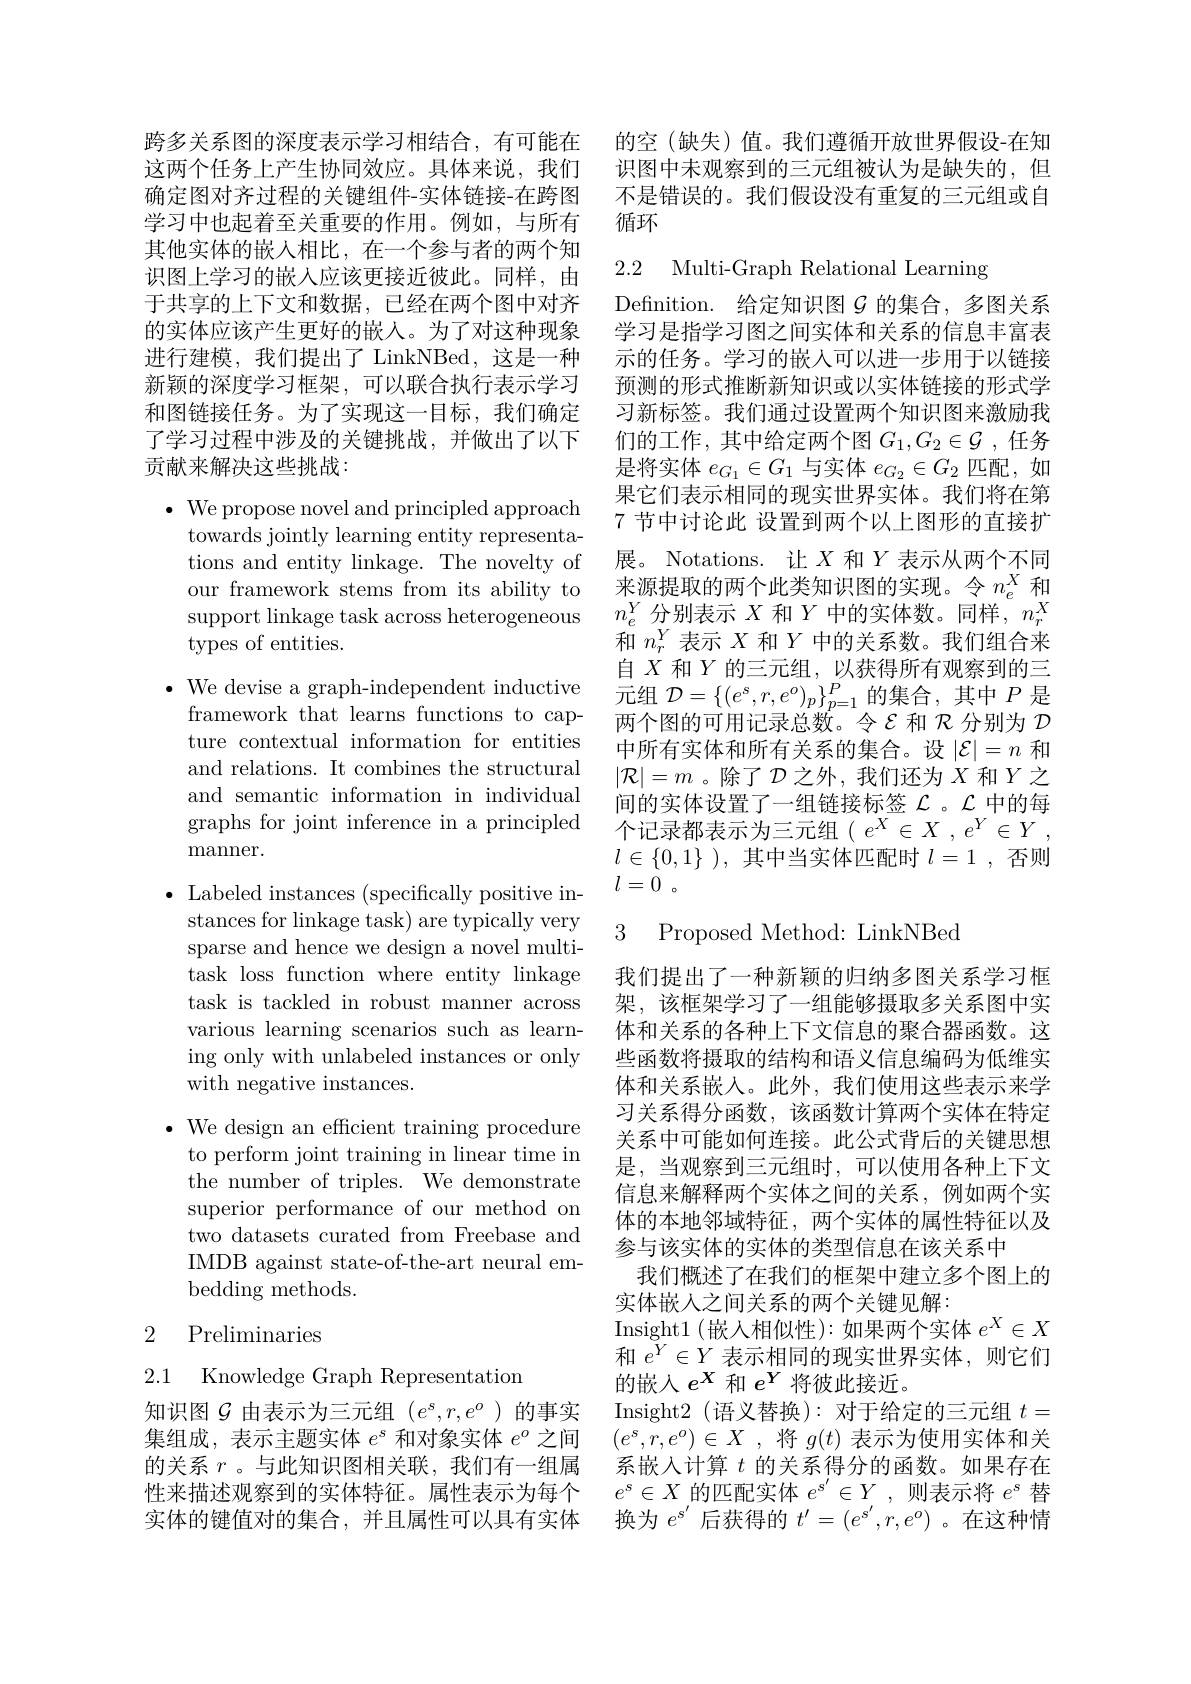
学习中也起着至关重要的作用。例如，与所有 循环
其他实体的嵌入相比，在一个参与者的两个知识图上学习的嵌人应该更接近彼此。同样，由于共享的上下文和数据，已经在两个图中对齐的实体应该产生更好的嵌人。为了对这种现象进行建模，我们提出了 LinkNBed,这是一种新颖的深度学习框架，可以联合执行表示学习和图链接任务。为了实现这一目标，我们确定了学习过程中涉及的关键挑战，并做出了以下贡献来解决这些挑战：

$\bullet$ We propose novel and principled approach
towards jointly learning entity representations and entity linkage. The novelty of our framework stems from its ability to support linkage task across heterogeneous types of entities.

$\cdot{\mathrm{~We~devise~a~graph-independent~inductive}}$

framework that learns functions to cap-

ture contextual information for entities

and relations. It combines the structural

and semantic information in individual

graphs for joint inference in a principled

manner.

$\bullet$ Labeled instances (specifically positive instances for linkage task) are typically very sparse and hence we design a novel multitask loss function where entity linkage task is tackled in robust manner across various learning scenarios such as learning only with unlabeled instances or only with negative instances.

$\bullet$ We design an efficient training procedure to perform joint training in linear time in the number of triples. We demonstrate superior performance of our method on two datasets curated from Freebase and IMDB against state-of-the-art neural embedding methods.

## 2 Preliminaries

2.1 Knowledge Graph Representation

跨多关系图的深度表示学习相结合，有可能在 的空(缺失)值。我们遵循开放世界假设-在知这两个任务上产生协同效应。具体来说，我们 识图中未观察到的三元组被认为是缺失的，但确定图对齐过程的关键组件-实体链接-在跨图 不是错误的。我们假设没有重复的三元组或自

2.2 Multi-Graph Relational Learning

Definition. 给定知识图$\mathcal{G}$的集合，多图关系学习是指学习图之间实体和关系的信息丰富表示的任务。学习的嵌入可以进一步用于以链接预测的形式推断新知识或以实体链接的形式学习新标签。我们通过设置两个知识图来激励我们的工作，其中给定两个图$G_1,G_2\in\mathcal{G}$ ,任务是将实体$e_{G_1}\in G_1$与实体$e_G_2\in G_2$匹配，如果它们表示相同的现实世界实体。我们将在第7 节中讨论此 设置到两个以上图形的直接扩展。Notations. 让$X$和$Y$表示从两个不同来源提取的两个此类知识图的实现。令$n_e^X$ 和$n_e^Y$分别表示$X$和$Y$中的实体数。同样，$n_r^X$ 和$n_r^Y$表示$X$和$Y$中的关系数。我们组合来自$X$和$Y$的三元组，以获得所有观察到的三元组$\mathcal{D}=\left\{(e^s,r,e^o)_p\right\}_{p=1}^P$的集合，其中$P$是两个图的可用记录总数。令$\varepsilon$和$\mathcal{R}$分别为$\mathcal{D}$ 中所有实体和所有关系的集合。设$|\mathcal{E}|=n$和$|\mathcal{R}|=m$ 。除了$\mathcal{D}$之外，我们还为$X$和$Y$之间的实体设置了一组链接标签$\mathcal{L}$ 。$\mathcal{L}$中的每个记录都表示为三元组$( e^X\in X, e^Y\in Y$ , $l\in \{ 0, 1\}$ ),其中当实体匹配时$l= 1$ ,否则$l= 0$ 。

3 Proposed Method: LinkNBed

我们提出了一种新颖的归纳多图关系学习框架，该框架学习了一组能够摄取多关系图中实体和关系的各种上下文信息的聚合器函数。这些函数将摄取的结构和语义信息编码为低维实体和关系嵌入。此外，我们使用这些表示来学习关系得分函数，该函数计算两个实体在特定关系中可能如何连接。此公式背后的关键思想是，当观察到三元组时，可以使用各种上下文信息来解释两个实体之间的关系，例如两个实体的本地邻域特征，两个实体的属性特征以及参与该实体的实体的类型信息在该关系中
我们概述了在我们的框架中建立多个图上的
实体嵌入之间关系的两个关键见解：
Insight1(嵌入相似性):如果两个实体$e^X\in X$ 和$e^Y\in Y$表示相同的现实世界实体，则它们的嵌入$e^X$和$e^Y$将彼此接近。
知识图$\mathcal{G}$由表示为三元组$(e^s,r,e^o)$的事实 Insight2 (语义替换):对于给定的三元组$t=$ 集组成，表示主题实体$e^s$和对象实体$e^o$之间$(e^s,r,e^o)\in X$ ,将$g(t)$表示为使用实体和关的关系$r$ 。与此知识图相关联，我们有一组属 系嵌人计算$t$的关系得分的函数。如果存在性来描述观察到的实体特征。属性表示为每个 $e^s\in X$的匹配实体$e^s^{^{\prime}}\in Y_{^{\prime}}$,则表示将$e^\mathrm{s}$替实体的键值对的集合，并且属性可以具有实体 换为$e^\mathrm{s^{\prime}}$后获得的$t^\prime=(e^{s^{\prime}},r,e^o)$ 。在这种情